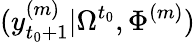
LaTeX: (y_{t_{0}+1}^{(m)}|\Omega^{t_{0}},\Phi^{(m)})